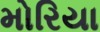
મોરિયા